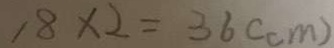
, 8 \times 2 = 3 6 ( c m )